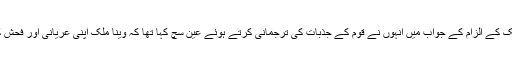
وینا کی طرح شیخ صاحب کا بھی یہی دعوی ہے کہ وہ ہمیشہ سچ بولتے ہیں سو وینا ملک کے الزام کے جواب میں انہوں نے قوم کے جذبات کی ترجمانی کرتے ہوئے عین سچ کہا تھا کہ وینا ملک اپنی عریانی اور فحش کرداری سے پاکستان کی بدنامی کا باعث بنی ہے لہذا وہ اس سے بیحد نفرت کرتے ہیں۔